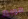
هوبير